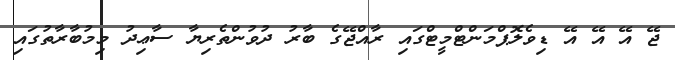
ޖޭ އޭ އޭ އޭ ޑިވެލޮޕްމަންޓްމީޓްގައި ރާއްޖޭގެ ބާރު ދުވުންތެރިޔާ ސާޢިދު މިމުބާރާތުގައި